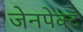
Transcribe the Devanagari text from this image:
जेनपेक्ट